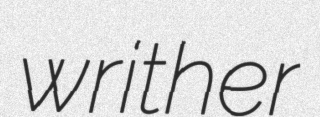
writher